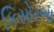
કિસોરભા